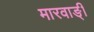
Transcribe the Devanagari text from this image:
मारवाङ्ी